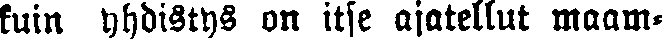
kuin yhdistys on itse ajatellut maam-